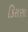
કિરાણા